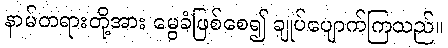
နာမ်တရားတို့အား မွေခံဖြစ်စေ၍ ချုပ်ပျောက်ကြသည်။